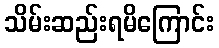
သိမ်းဆည်းရမိကြောင်း